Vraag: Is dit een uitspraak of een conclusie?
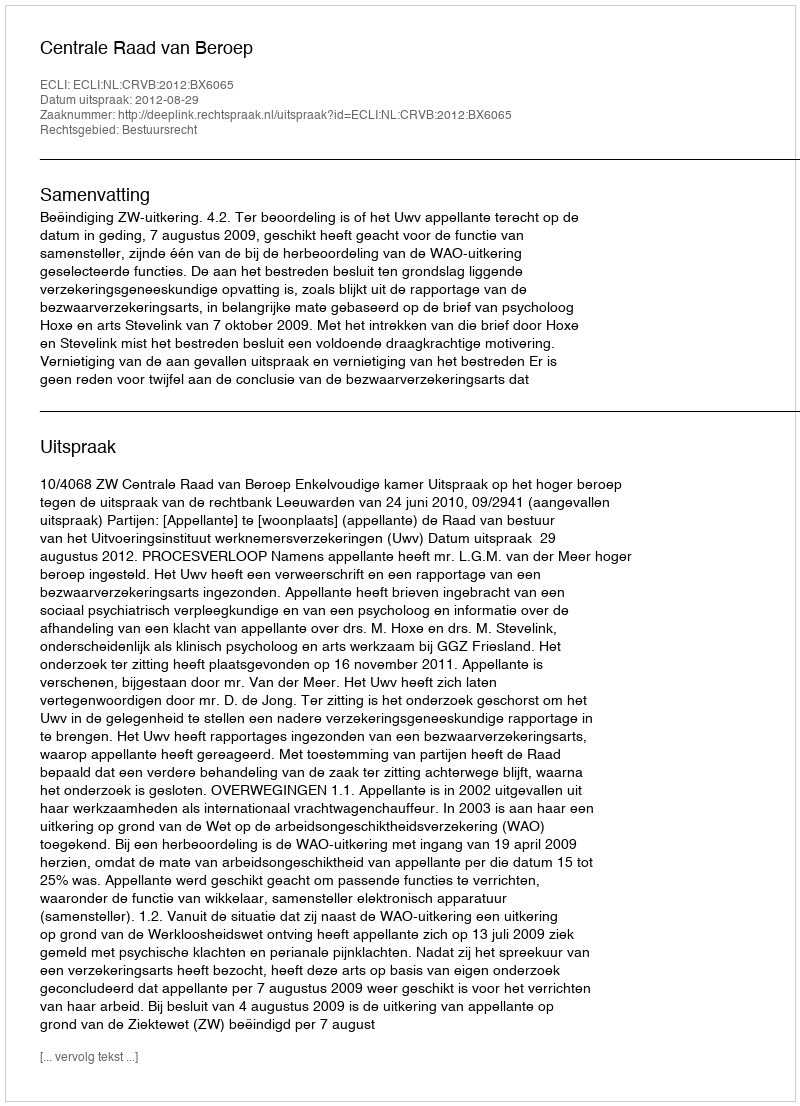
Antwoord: Uitspraak